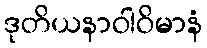
ဒုတိယနာဝါဝိမာနံ